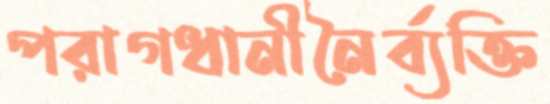
পরাগধানীনৈর্ব্যক্তি